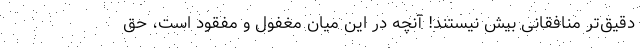
دقیق‌تر منافقانی بیش نیستند! آنچه در این میان مغفول و مفقود است، حق